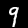
Label: 9